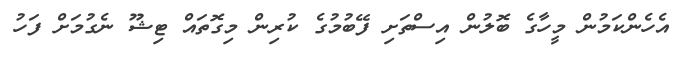
އެހެންކަމުން މީހާގެ ބޮލުން އިސްތަށި ފޭބުމުގެ ކުރިން މިގޮތައް ޓިޝޫ ނެގުމަށް ފަހު